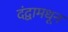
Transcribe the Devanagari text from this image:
दंद्वामधून